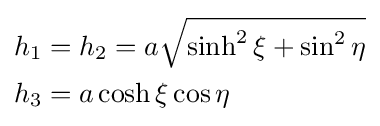
{\begin{aligned}h_{1}&=h_{2}=a{\sqrt {\sinh ^{2}\xi +\sin ^{2}\eta }}\\h_{3}&=a\cosh \xi \cos \eta \end{aligned}}